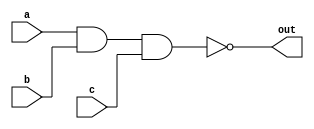
//  *************************************************
//  *                 decoder 2to4                  *
//  *************************************************


module nand_gate(
  input wire a, b, c,
  output reg out
);
  always @* begin
    out = ~(a & b & c);
  end
endmodule